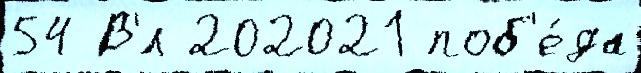
54 В'́л 202021 поб'е́да